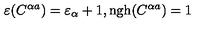
\varepsilon ( C ^ { \alpha a } ) = \varepsilon _ { \alpha } + 1 , \mathrm { n g h } ( C ^ { \alpha a } ) = 1